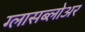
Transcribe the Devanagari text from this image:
ग्लासब्लोअर